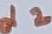
Text: d2